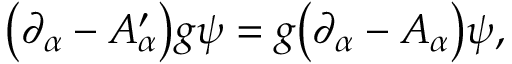
\bigl ( \partial _ { \alpha } - A _ { \alpha } ^ { \prime } \bigr ) g \psi = g \bigl ( \partial _ { \alpha } - A _ { \alpha } \bigr ) \psi ,